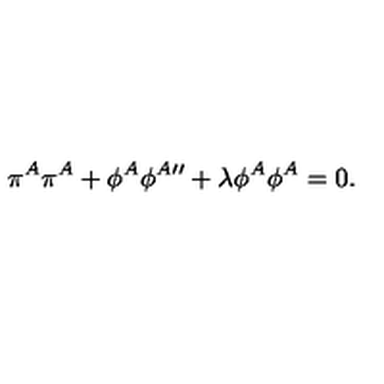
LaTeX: \pi ^ { A } \pi ^ { A } + \phi ^ { A } \phi ^ { A \prime \prime } + \lambda \phi ^ { A } \phi ^ { A } = 0 .